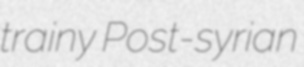
trainy Post-syrian